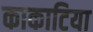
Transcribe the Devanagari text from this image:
काकाटिया